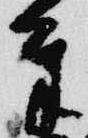
奉